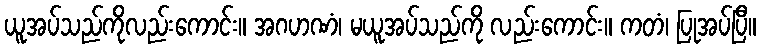
ယူအပ်သည်ကိုလည်းကောင်း။ အဂဟဏံ၊ မယူအပ်သည်ကို လည်းကောင်း။ ကတံ၊ ပြုအပ်ပြီ။